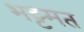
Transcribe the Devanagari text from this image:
भट्टमत